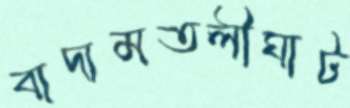
বাদামতলীঘাট